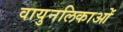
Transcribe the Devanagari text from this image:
वायुनलिकाओं